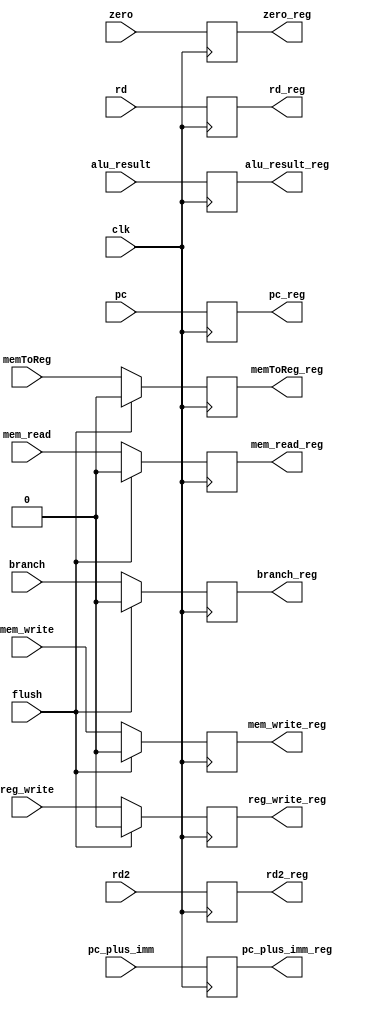
module ex_mem_register (
    input clk,
    input [63:0] pc,
    input [63:0] pc_plus_imm,
    input [63:0] alu_result,
    input [63:0] rd2,
    input [4:0] rd,
    input mem_read,
    input mem_write,
    input memToReg,
    input branch,
    input reg_write,
    input zero,
    input flush,

    output reg [63:0] pc_reg,
    output reg [63:0] pc_plus_imm_reg,
    output reg [63:0] alu_result_reg,
    output reg [63:0] rd2_reg,
    output reg [4:0] rd_reg,
    output reg mem_read_reg,
    output reg mem_write_reg,
    output reg memToReg_reg,
    output reg branch_reg,
    output reg reg_write_reg,
    output reg zero_reg
);

    always @(posedge clk) begin
        if (flush) begin
            mem_read_reg <= 0;
            mem_write_reg <= 0;
            memToReg_reg <= 0;
            branch_reg <= 0;
            reg_write_reg <= 0;
        end else begin
            mem_read_reg <= mem_read;
            mem_write_reg <= mem_write;
            memToReg_reg <= memToReg;
            branch_reg <= branch;
            reg_write_reg <= reg_write;
        end
        pc_reg <= pc;
        pc_plus_imm_reg <= pc_plus_imm;
        alu_result_reg <= alu_result;
        rd2_reg <= rd2;
        rd_reg <= rd;
        zero_reg <= zero;
    end
    
endmodule